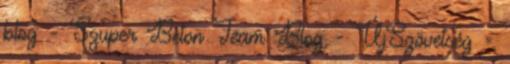
blog - Szuper Beton Team Blog - ÚjSzövetség -